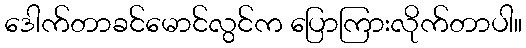
ဒေါက်တာခင်မောင်လွင်က ပြောကြားလိုက်တာပါ။